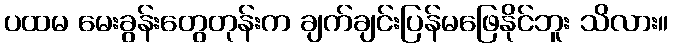
ပထမ မေးခွန်းတွေတုန်းက ချက်ချင်းပြန်မဖြေနိုင်ဘူး သိလား။